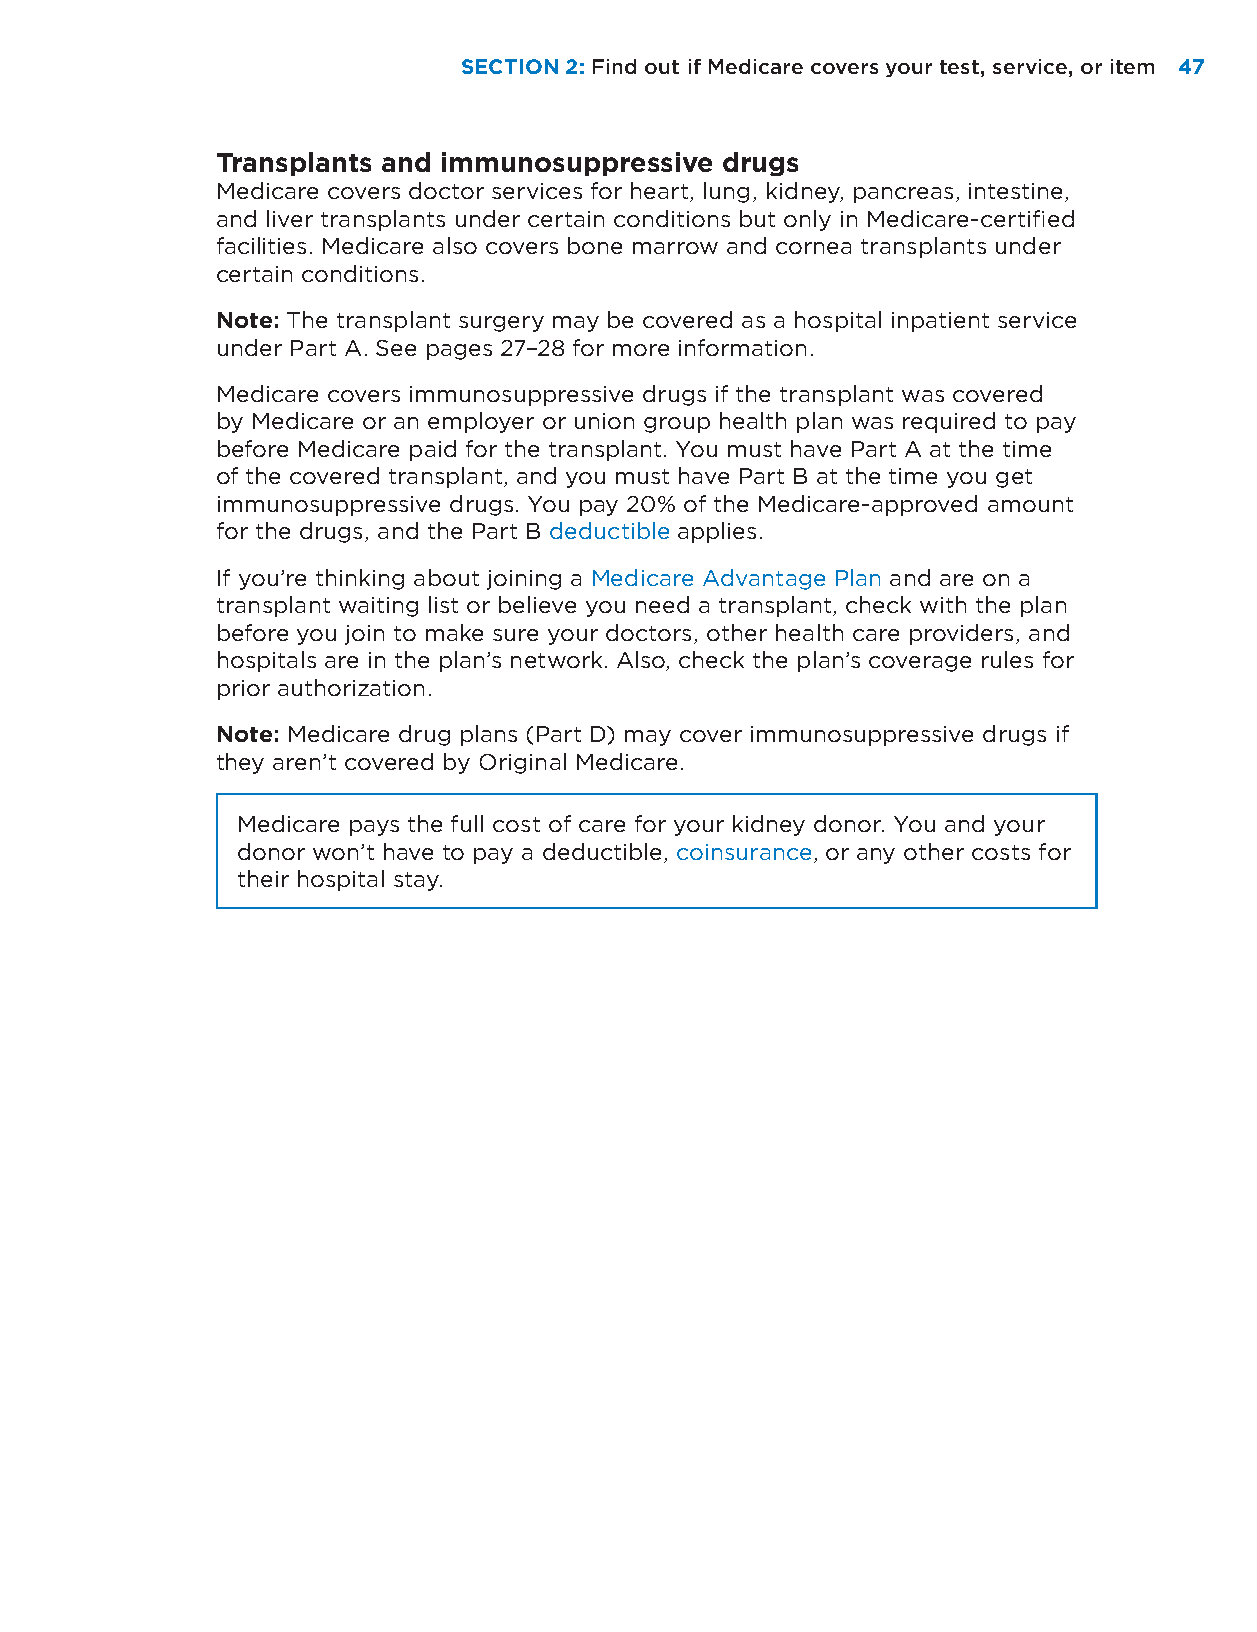
SECTION 2: Find out if Medicare covers your test, service, or item 4477
 Transplants and immunosuppressive drugs
 Medicare covers doctor services for heart, lung, kidney, pancreas, intestine,
 and liver transplants under certain conditions but only in Medicare-certified
 facilities. Medicare also covers bone marrow and cornea transplants under
 certain conditions.
 Note: The transplant surgery may be covered as a hospital inpatient service
 under Part A. See pages 27–28 for more information.
 Medicare covers immunosuppressive drugs if the transplant was covered
 by Medicare or an employer or union group health plan was required to pay
 before Medicare paid for the transplant. You must have Part A at the time
 of the covered transplant, and you must have Part B at the time you get
 immunosuppressive drugs. You pay 20% of the Medicare-approved amount
 for the drugs, and the Part B deductible applies.
 If you’re thinking about joining a Medicare Advantage Plan and are on a
 transplant waiting list or believe you need a transplant, check with the plan
 before you join to make sure your doctors, other health care providers, and
 hospitals are in the plan’s network. Also, check the plan’s coverage rules for
 prior authorization.
 Note: Medicare drug plans (Part D) may cover immunosuppressive drugs if
 they aren’t covered by Original Medicare.
 Medicare pays the full cost of care for your kidney donor. You and your
 donor won’t have to pay a deductible, coinsurance, or any other costs for
 their hospital stay.